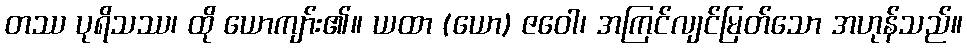
တဿ ပုရိသဿ၊ ထို ယောကျာ်း၏။ ယထာ (ယော) ဇဝေါ၊ အကြင်လျင်မြတ်သော အဟုန်သည်။